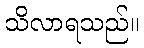
သိလာရသည်။